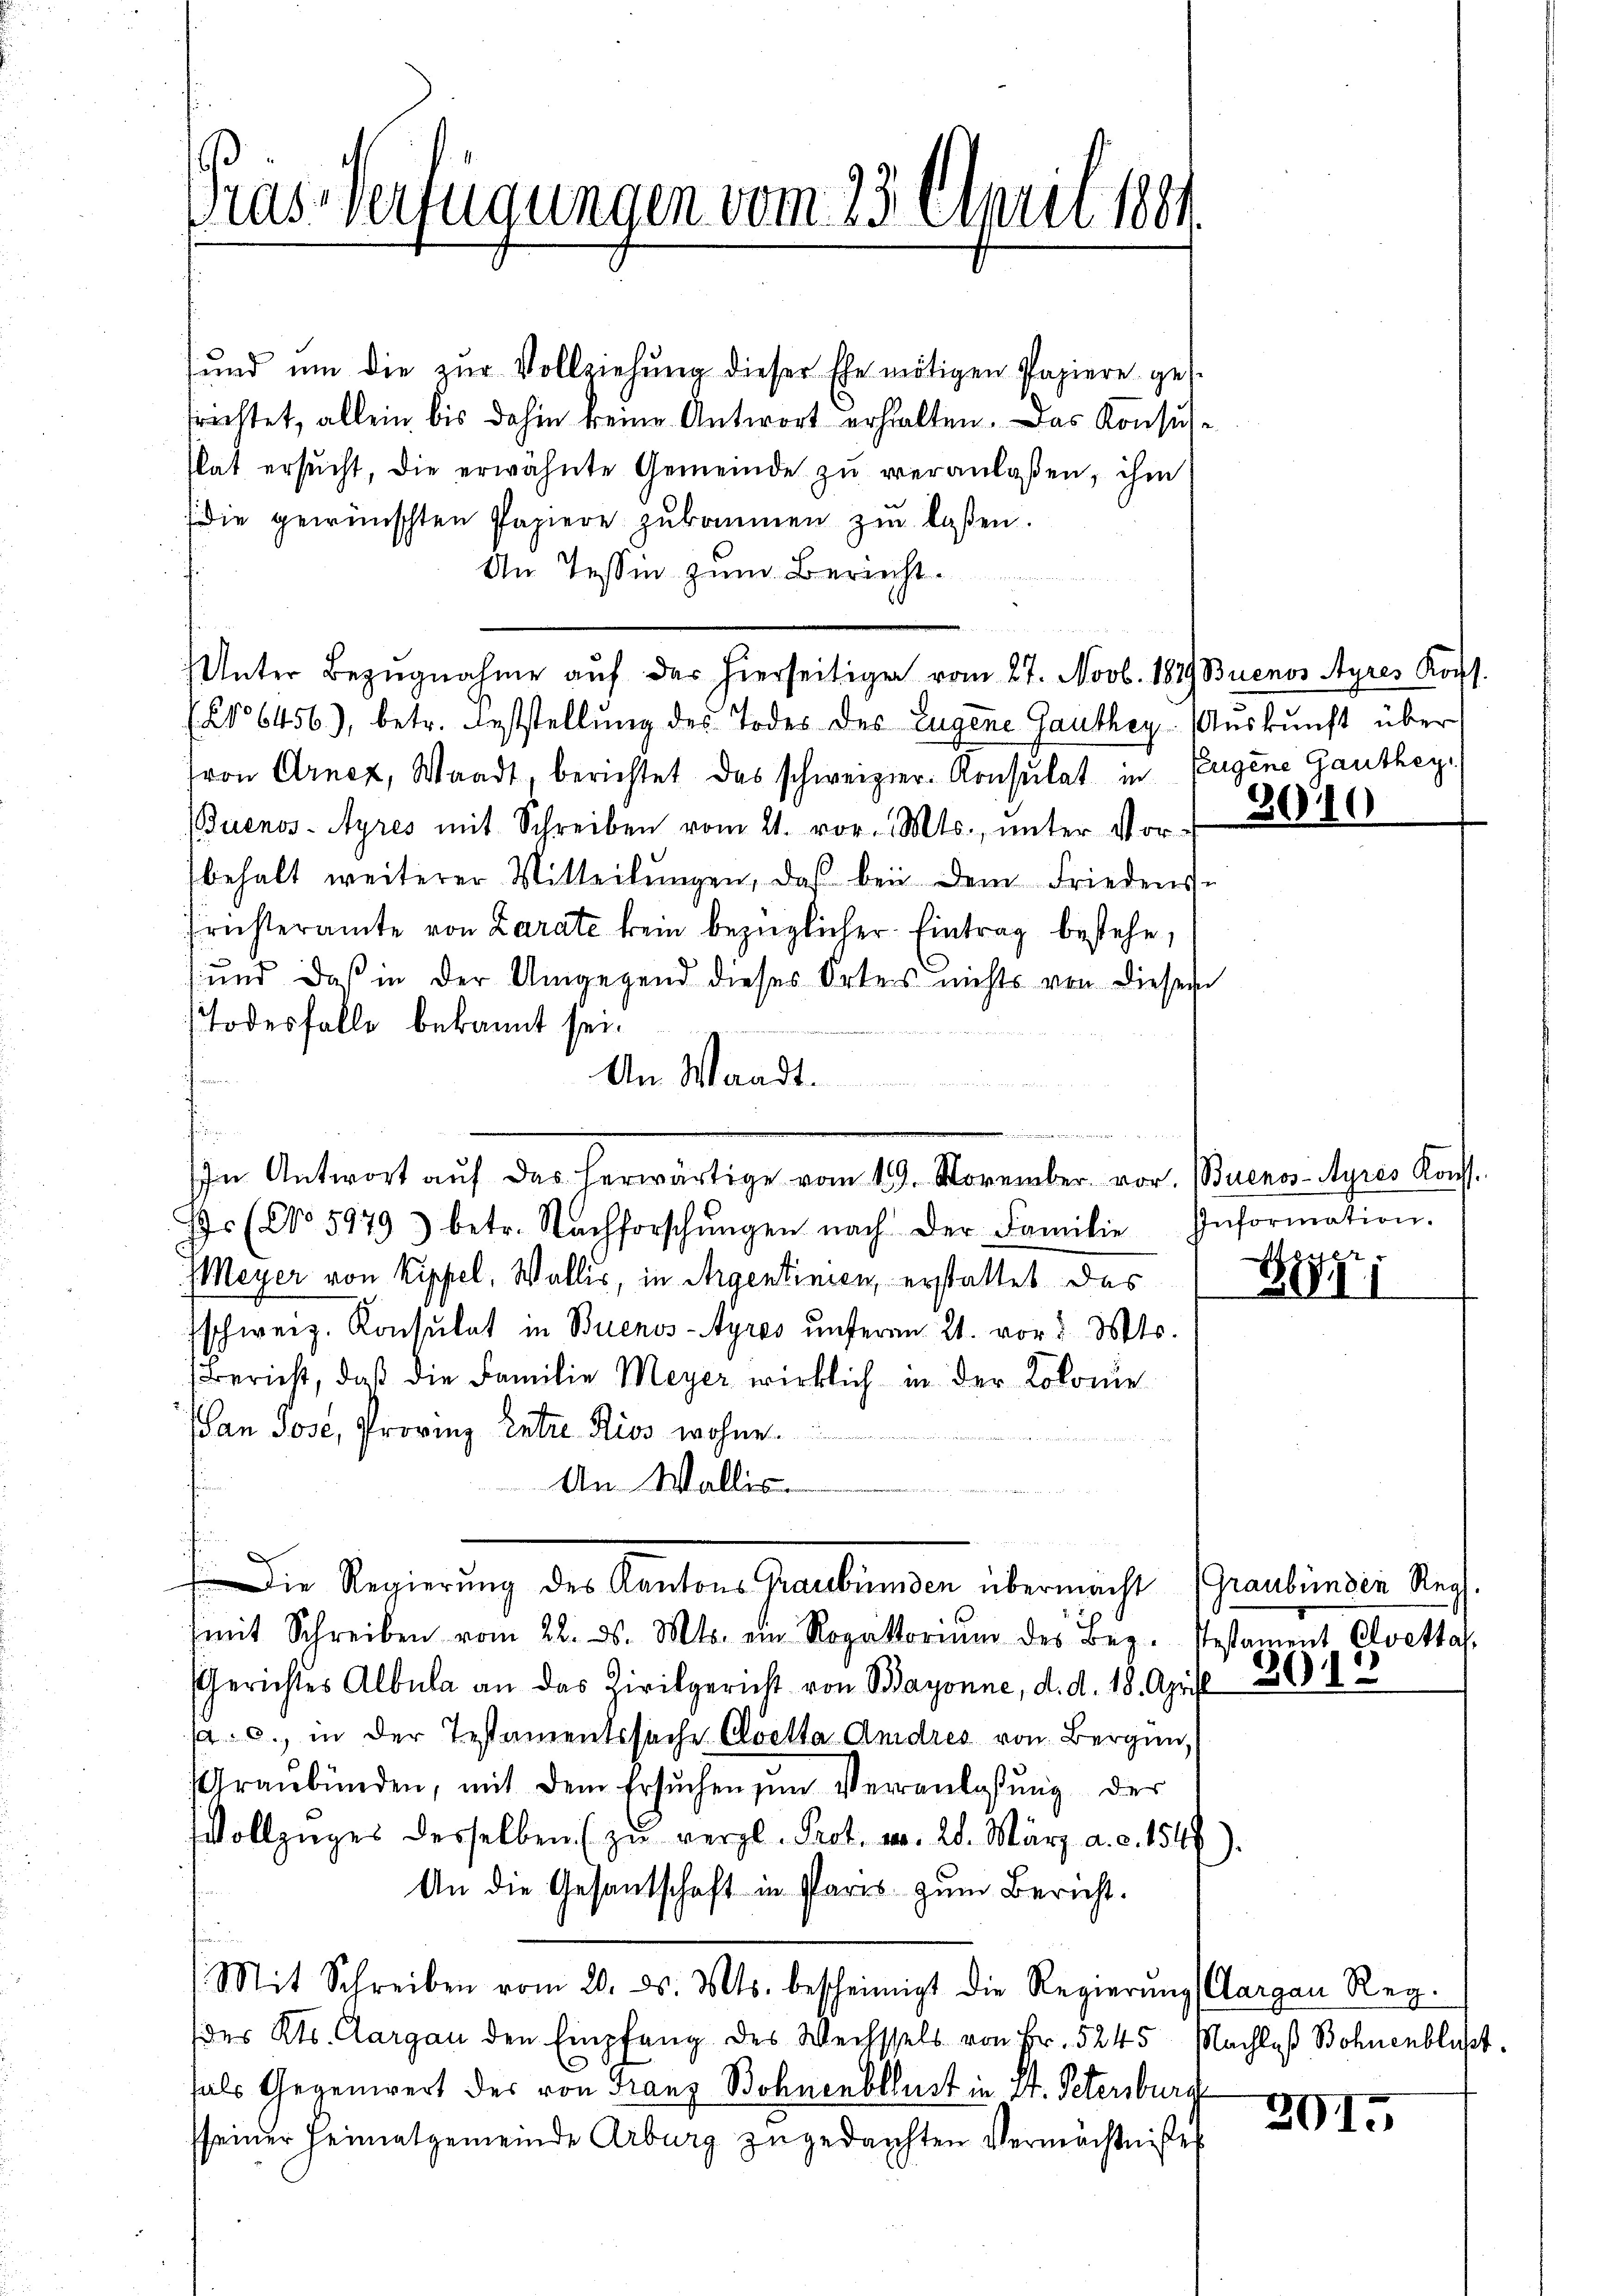
Gras Verfügungen vom 23. April 1881.

sund um die zŭr Vollziehŭng dieser Ehe nötigen Papiere ges
trichtet, allein bis dahin keine Antwort erhalten. Das Konsuse
stat ersŭcht, die erwähnte Gemeinde zŭ veranlaßen, ihm
die gewünschten Papiere zŭkommen zŭ laßen.
An Tessin zum Bericht.
Unter Bezugnahme auf der hierseitiger vom 27. Novb. 1879 Buenos Ayres Kopf.
6456), betr. Feststellung des Todes des Eugene Ganthey Auskunft über
ron Arnez, Waadt, berichtet das schweizer-Konsulat in Eugene Ganthey
(Buenos-Ayres mit Schreiben vom 21. vor. Mts., ŭnter Vor-
behalt weiterer Mitteilŭngen, daß bei dem Friedens-
fristeramte von Zarate kein bezüglicher Eintrag bestehe,
und daß in der Umgegend dieses Ortes nichts von diesen
Todesfalle bekannt sei.
An Waadt.
Ir (No 5979) betr. Nachforschŭngen nach der Familie Information.
Meyer von Kipfel, Wallis, in Argentinien, erstattet das
Eschweiz. Konsulat in Buenos-Ayres unteren 21. vor. Mts.
Bericht, daß die Familie Meyer wirklich in der Kolonie
an Jose, Provinz Entre Riss wohne.
An Wallis.
.
 Die Regierung des Kantons Graubünden übermacht Graubinden Sta
(mit Schreiben vom 22. ds. Mts. ein Ropaktoriŭm des Bez. Testament Cloetta
Gerichtes Albula an das Zivilgericht von Bayonne, d. d. 18. April 26. 103
a. c., in der Testamentssache Cloetta Andres von Bergün,
Graubünden, mit dem Ersuchen zum Veranlassung der
Vollzŭges desselben zŭ vergl. Prot. v. 28. März a. d. 1549)
An die Gesantschaft in Paris zum Bericht.
(Mit Schreiben vom 20. ds. Mts. bescheinigt die Regierŭng (Aargau Reg.
des Kts. Aargau den Empfang des Wechssels von Fr. 5245 Nachlaß Bohnenblust.
fals Gegenwert des von Franz Bohnenbllust in St. Petersburg
sseiner Heimatgemeinde Arburg zŭgedachten Vermächtnißes

in Antwort aŭf das herwärtige vom 19. November vor. (Buenos-Ayres Konst.

2

300

21812

E
3911

3915